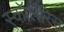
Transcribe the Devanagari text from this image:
स्कॉलरिस